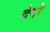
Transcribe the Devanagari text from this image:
देगो